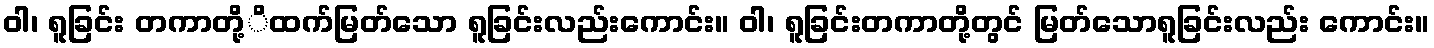
ဝါ၊ ရူခြင်း တကာတို့ိထက်မြတ်သော ရူခြင်းလည်းကောင်း။ ဝါ၊ ရူခြင်းတကာတို့တွင် မြတ်သောရူခြင်းလည်း ကောင်း။